Report on lock hospitals in British Burma
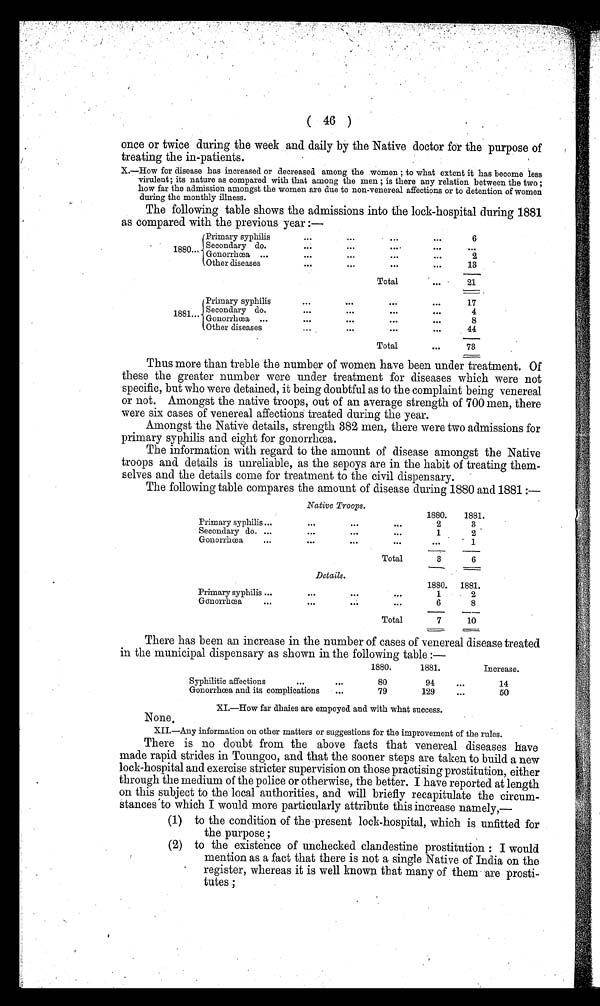
( 46 )
once or twice during the week and daily by the Native doctor for the purpose of
treating the in-patients.
X.—How for disease has increased or decreased among the women ; to what extent it has become less
virulent; its nature as compared with that among the men ; is there any relation between the two ;
how far the admission amongst the women are due to non-venereal affections or to detention of women
during the monthly illness.
The following table shows the admissions into the lock-hospital during 1881
as compared with the previous year :—
Primary syphilis
...
...
. . .
...
6
1880...
Secondary do.
. . . . . .
. . .
. . .
. . .
. . .
Gonorrhœa ...
. . .
. . .
. . .
. . .
2
Other diseases
. . .
. . .
. . .
...
13
Total
...
21
Primary syphilis
. . .
. . .
...
...
17
1881... Secondary do.
. . .
. . .
. . .
. . .
4
Gonorrhœa ...
. . .
. . .
. . .
...
8
Other diseases
. . .
. . .
. . .
. . .
44
Total
. . .
73
Thus more than treble the number of women have been under treatment. Of
these the greater number were under treatment for diseases which were not
specific, but who were detained, it being doubtful as to the complaint being venereal
or not. Amongst the native troops, out of an average strength of 700 men, there
were six cases of venereal affections treated during the year.
Amongst the Native details, strength 382 men, there were two admissions for
primary syphilis and eight for gonorrhœa.
The information with regard to the amount of disease amongst the Native
troops and details is unreliable, as the sepoys are in the habit of treating them
selves and the details come for treatment to the civil dispensary.
The following table compares the amount of disease during 1880 and 1881 :—
Native Troops.
Primary syphilis ...
...
. . .
...
1880.
1881.
2
3
Secondary do. ...
...
. . . .
...
1
2
Gonorrhœa
...
...
. . .
...
. . .
1
Total
3
6
Details.
Primary syphilis ...
...
. . .
. . .
1880. 1881.
1
2
Gonorrhœa
...
. . .
6
8
Total
7
10
There has been an increase in the number of cases of venereal disease treated
in the municipal dispensary as shown in the following table :—
1880.
1881.
Increase.
Syphilitic affections
...
. . .
80
9 4
...
14
Gonorrhœa and its complications
79
129
...
50
XI.—How far dhaies are empoyed and with what success.
None.
XII.—Any information on other matters or suggestions for the improvement of the rules.
There is no doubt from the above facts that venereal diseases have
made rapid strides in Toungoo, and that the sooner steps are taken to build a new
lock-hospital and exercise stricter supervision on those practising prostitution, either
through the medium of the police or otherwise, the better. I have reported at length
on this subject to the local authorities, and will briefly recapitulate the circum
stances to which I would more particularly attribute this increase namely,
(1) to the condition of the present lock-hospital, which is unfitted for
the purpose ;
(2) to the existence of unchecked clandestine prostitution : I would
mention as a fact that there is not a single Native of India on the
• register, whereas it is well known that many of them are prosti-
tutes ;